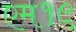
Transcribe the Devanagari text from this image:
एम१९